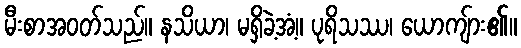
မီးစာအဝတ်သည်။ နသိယာ၊ မရှိခဲ့အံ့။ ပုရိသဿ၊ ယောကျ်ား၏။